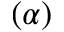
( \alpha )